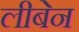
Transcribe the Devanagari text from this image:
लीबेन